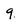
Character: 9